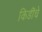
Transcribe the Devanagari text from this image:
किडींचे